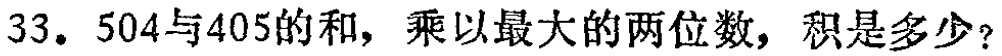
33. 504与405的和，乘以最大的两位数，积是多少？